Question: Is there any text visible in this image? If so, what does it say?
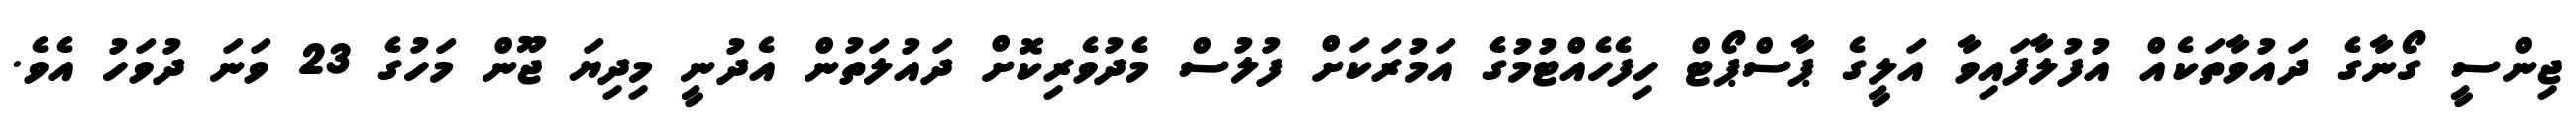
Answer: ޖިންސީ ގޯނާގެ ދައުވާތަކެއް އުފުލާފައިވާ އަލީގެ ޕާސްޕޯޓް ހިފެހެއްޓުމުގެ އަމުރަކަށް ފުލުސް މެދުވެރިކޮށް ދައުލަތުން އެދުނީ މިދިޔަ ޖޫން މަހުގެ 23 ވަނަ ދުވަހު އެވެ.